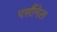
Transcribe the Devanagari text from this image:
पर्सौनेल